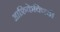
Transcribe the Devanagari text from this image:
आफ्रिकेविषयी